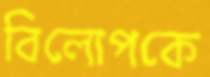
বিলোপকে